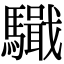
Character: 𩦤